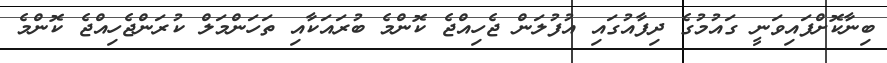
ބިނާކޮށްފައިވަނީ ގައުމުގެ ދިފާއުގައި އުފުލަން ޖެހިއްޖެ ކޮންމެ ބުރައަކާއި ތަހަންމަލް ކުރަންޖެހިއްޖެ ކޮންމެ